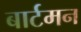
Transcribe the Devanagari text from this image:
बार्टमन